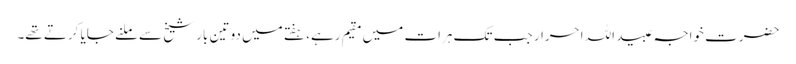
حضرت خواجہ عبید اللہ احرار جب تک ہرات میں مقیم رہے، ہفتے میں دو تین بار شیخ سے ملنے جایا کرتے تھے۔